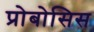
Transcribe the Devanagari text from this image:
प्रोबोसिस